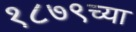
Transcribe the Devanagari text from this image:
१८७९च्या